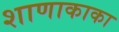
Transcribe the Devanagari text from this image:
शाणाकाका